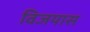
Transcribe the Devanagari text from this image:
विजयास